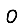
Digit: 0